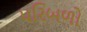
પરિબળો